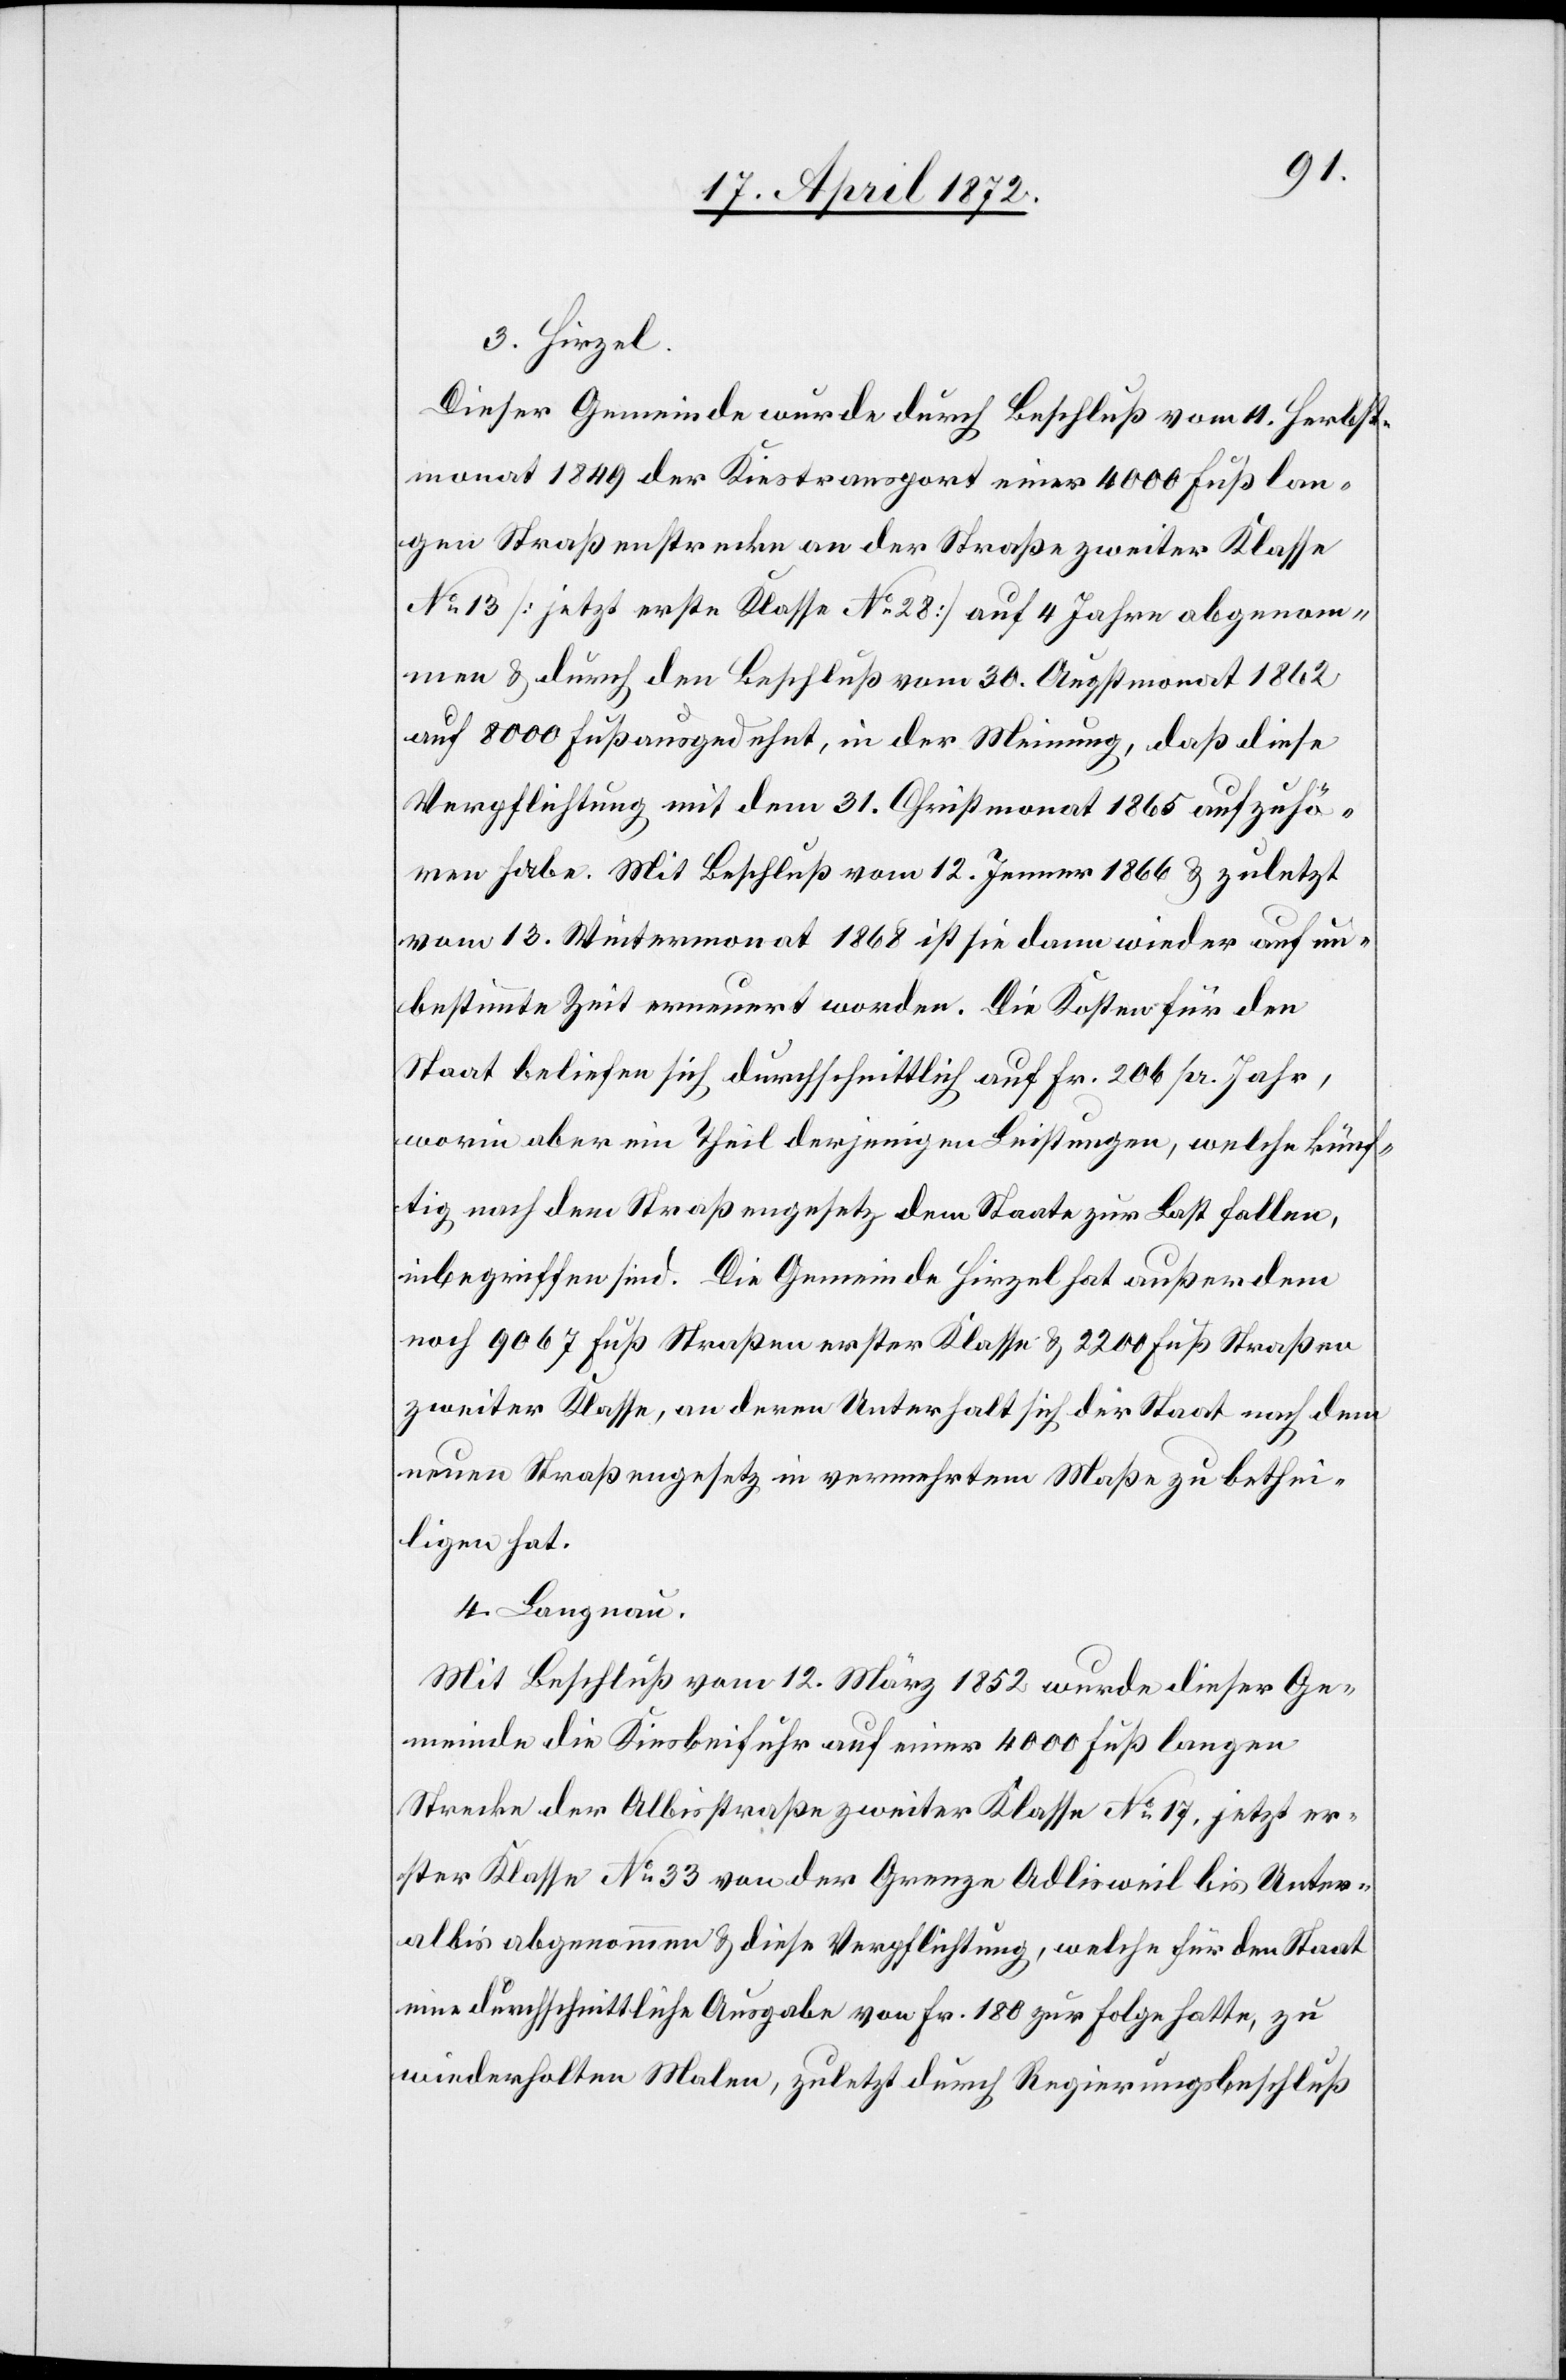
3. Hirzel.
Dieser Gemeinde wurde durch Beschluß vom 4. Herbst¬
monat 1849 der Kiestransport einer 4000 Fuß lan¬
gen Straßenstrecke an der Straße zweiter Klasse
No 13 [jetzt erste Klasse No 28] auf 4 Jahre abgenom¬
men u. durch den Beschluß vom 30. Augstmonat 1862
auf 8000 Fuß ausgedehnt, in der Meinung, daß diese
Verpflichtung mit dem 31. Christmonat 1865 aufzuhö¬
ren habe. Mit Beschluß vom 12. Jenner 1866 u. zuletzt
vom 13. Wintermonat 1868 ist sie dann wieder auf un¬
bestimmte Zeit erneuert worden. Die Kosten für den
Staat beliefen sich durchschnittlich auf Fr. 206 pr. Jahr,
worin aber ein Theil derjenigen Leistungen, welche künf¬
tig nach dem Straßengesetz dem Staate zur Last fallen,
inbegriffen sind. Die Gemeinde Hirzel hat außerdem
noch 9067 Fuß Straßen erster Klasse u. 2200 Fuß Straßen
zweiter Klasse, an deren Unterhalt sich der Staat nach dem
neuen Straßengesetz in vermehrtem Maße zu bethei¬
ligen hat.
4. Langnau.
Mit Beschluß vom 12. März 1852 wurde dieser Ge¬
meinde die Kiesbeifuhr auf einer 4000 Fuß langen
Strecke der Albisstraße zweiter Klasse No 17, jetzt er¬
ster Klasse No 33 von der Grenze Adlisweil bis Unter¬
albis abgenommen u. diese Verpflichtung, welche für den Staat
eine durchschnittliche Ausgabe von Fr. 180 zur Folge hatte, zu
wiederholten Malen, zuletzt durch Regierungsbeschluß